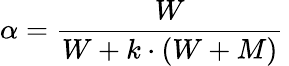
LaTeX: \alpha={\frac{W}{W+k\cdot(W+M)}}\,